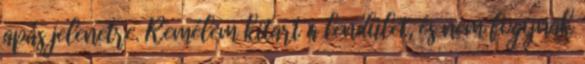
apás jelenetre. Remélem kitart a lendület, és nem fogynak